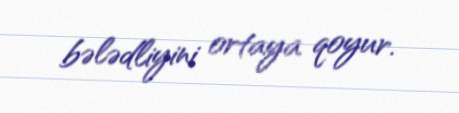
bələdliyini ortaya qoyur.